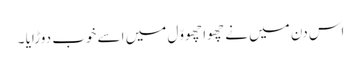
اس دن میں نے چھوا چھووّل میں اسے خوب دوڑایا ۔